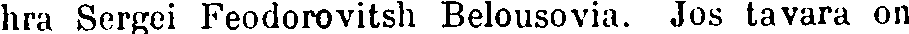
hra Sergei Feodorovitsh Belousovia. Jos tavara on